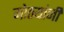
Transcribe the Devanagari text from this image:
मोठयांनीं